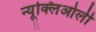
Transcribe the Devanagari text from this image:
न्यूक्लिओली